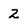
Character: 2